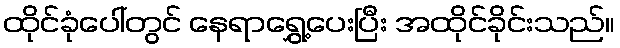
ထိုင်ခုံပေါ်တွင် နေရာရွှေ့ပေးပြီး အထိုင်ခိုင်းသည်။